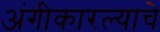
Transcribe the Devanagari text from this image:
अंगीकारल्याचे